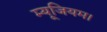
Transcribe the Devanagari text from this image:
म्यूजियम।